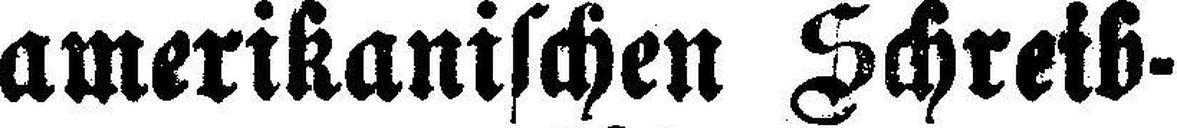
amerikanischen Schreib¬